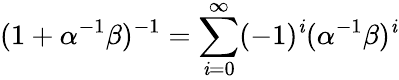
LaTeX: (1+\alpha^{-1}\beta)^{-1}=\sum\limits_{\mathit{i}=0}^{\infty}(-1)^{\mathit{i}}(\alpha^{-1}\beta)^{\mathit{i}}